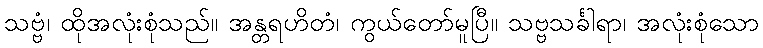
သဗ္ဗံ၊ ထိုအလုံးစုံသည်။ အန္တရဟိတံ၊ ကွယ်တော်မူပြီ။ သဗ္ဗသင်္ခါရာ၊ အလုံးစုံသော